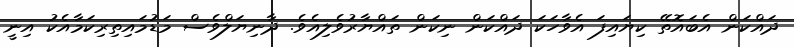
ދައްކަން އެބައޮތޭ ކިޔައިފަ އެވާހަކަ ދައްކަން ނިކަން ތައްޔާރުވެލިއެވެ. ދާނިޔަލްވެސް މަޑުމައިތިރިކަމާއެކު އިނީ